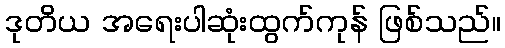
ဒုတိယ အရေးပါဆုံးထွက်ကုန် ဖြစ်သည်။